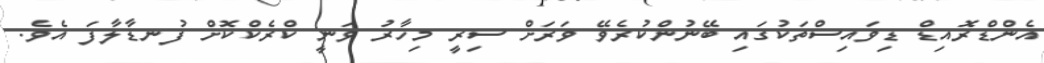
އެންޑްރޮއިޑް ޑިވައިސްތަކުގައި ބޭނުންކުރެވޭ ވަރަށް ސިރީ މިހާރު ވަނީ ކްރެކްކޮށް ފުނޑާލާފަ އެވެ.